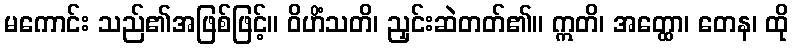
မကောင်း သည်၏အဖြစ်ဖြင့်။ ဝိဟိံသတိ၊ ညှင်းဆဲတတ်၏။ ဣတိ၊ အတ္ထော၊ တေန၊ ထို